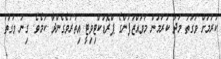
ކުރުމަށް ވަގުތު މަދު ކުރުމުން މުވައްޒަފުންގެ ޕްރޮޑަކްޓިވިޓީ އިތުރުވެގެންދާ ކަމެވެ. ގިނަ ވަގުތު